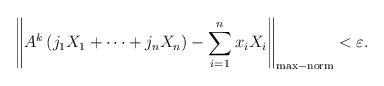
LaTeX: \begin{align*}\left\Vert A^{k}\left( j_{1}X_{1}+\cdots+j_{n}X_{n}\right) -\sum_{i=1}^{n}x_{i}X_{i}\right\Vert _{\mathrm{max-norm}}<\varepsilon.\end{align*}